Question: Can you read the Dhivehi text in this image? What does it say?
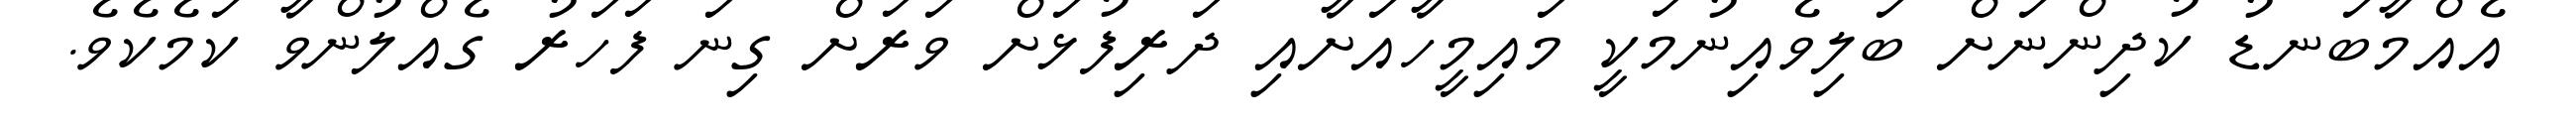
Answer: އެއްމާބަނޑު ކުދިންނަށް ބަލިވެއިނުމަކީ މައިމީހާއަށާއި ދަރިފުޅަށް ވަރަށް ގިނަ ފަހަރު ގެއްލުންވާ ކަމެކެވެ.